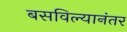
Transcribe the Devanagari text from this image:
बसविल्यानंतर